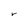
Character: r